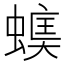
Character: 𧏃